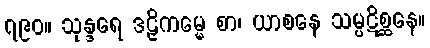
၇၉၀။ သုန္ဒရေ ဒဠှိကမ္မေ စာ၊ ယာစနေ သမ္ပဋိစ္ဆနေ။